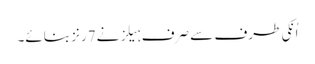
اُنکی طرف سے صرف ہیلز نے7رنز بنائے۔